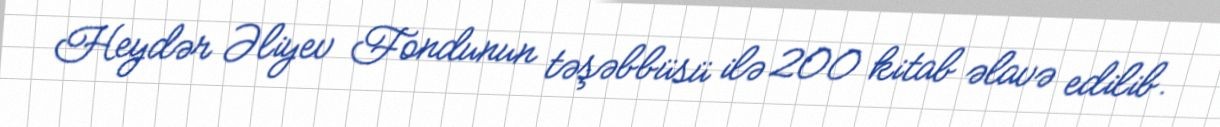
Heydər Əliyev Fondunun təşəbbüsü ilə 200 kitab əlavə edilib.